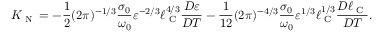
K _ { \textrm { N } } = - \frac { 1 } { 2 } ( 2 \pi ) ^ { - 1 / 3 } \frac { \sigma _ { 0 } } { \omega _ { 0 } } \varepsilon ^ { - 2 / 3 } \ell _ { \textrm { C } } ^ { 4 / 3 } \frac { D \varepsilon } { D T } - \frac { 1 } { 1 2 } ( 2 \pi ) ^ { - 4 / 3 } \frac { \sigma _ { 0 } } { \omega _ { 0 } } \varepsilon ^ { 1 / 3 } \ell _ { \textrm { C } } ^ { 1 / 3 } \frac { D \ell _ { \textrm { C } } } { D T } .